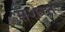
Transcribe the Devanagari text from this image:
संशेरत